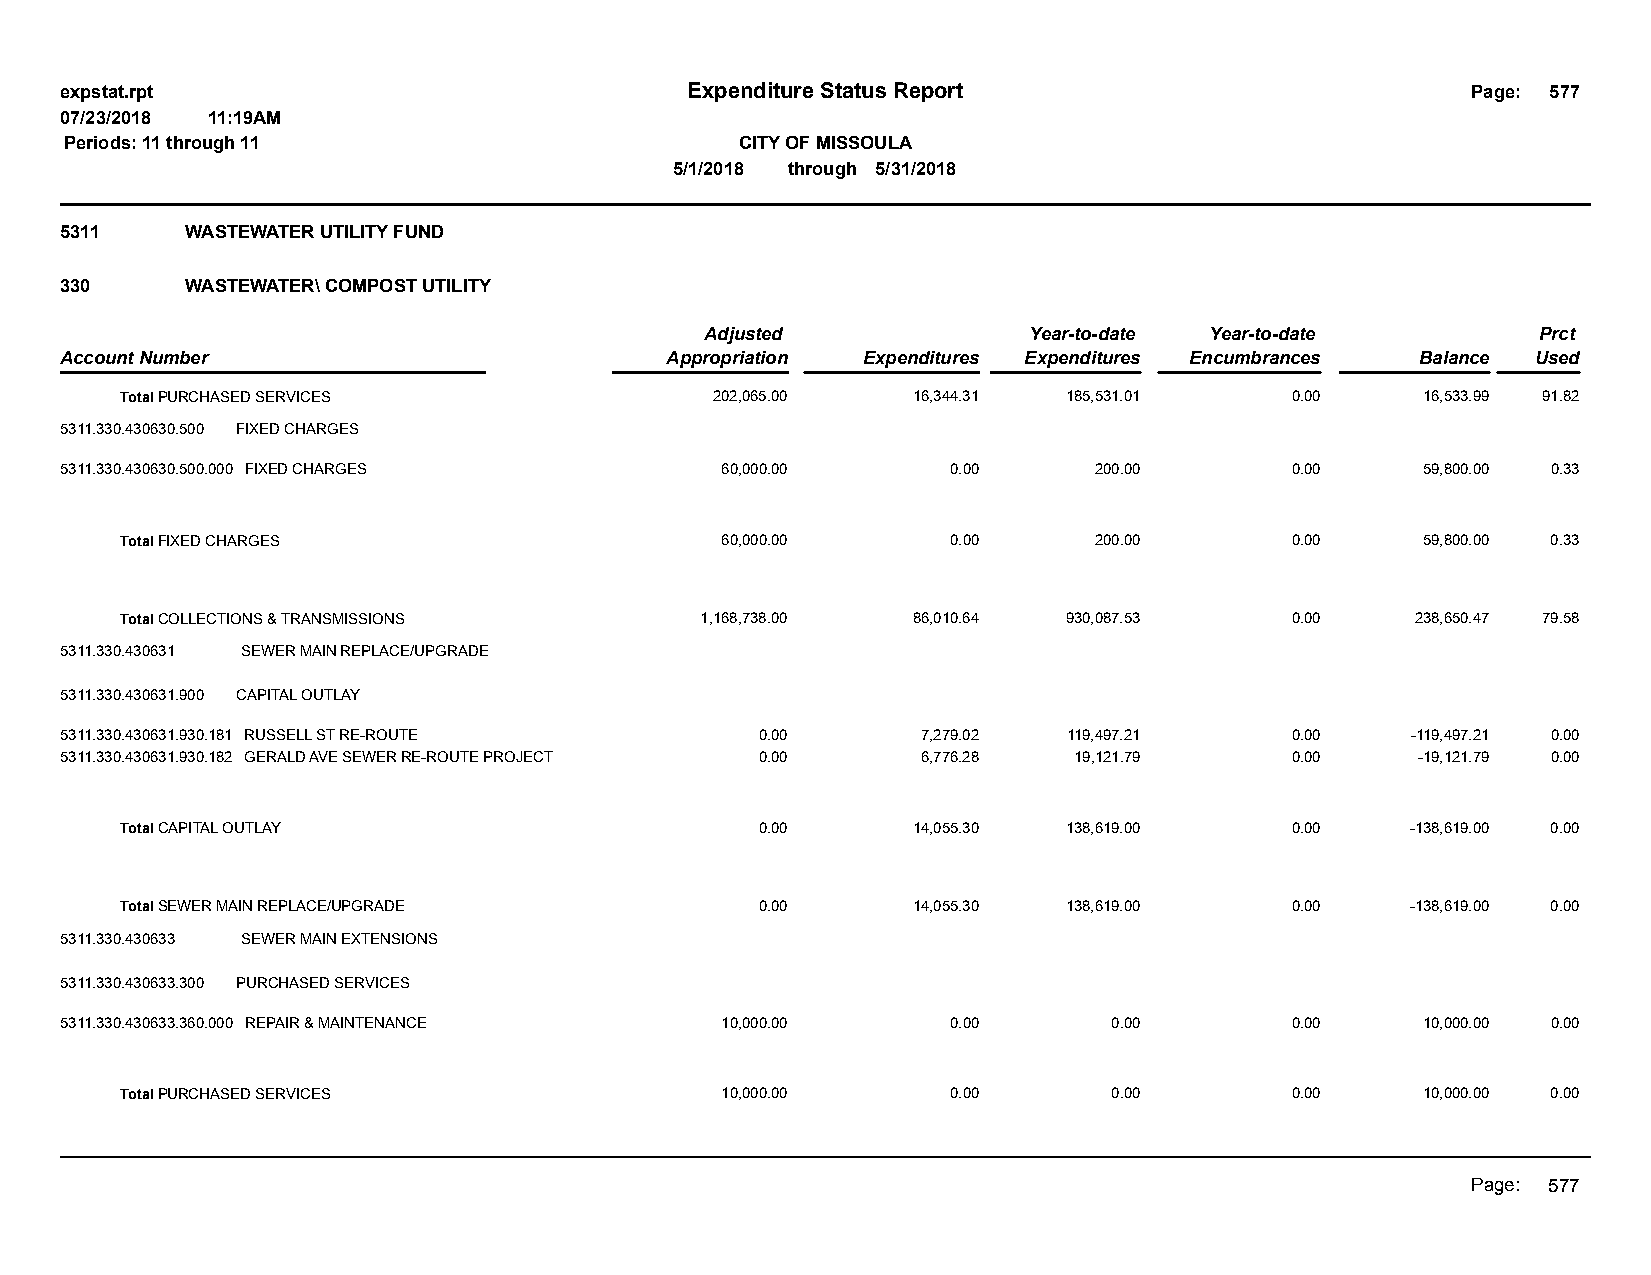
expstat.rpt                              Expenditure Status Report                           Page: 577
 07/23/2018 11:19AM
 Periods: 11 through 11                       CITY OF MISSOULA
 5/1/2018 through 5/31/2018
 5311    WASTEWATER UTILITY FUND
 330     WASTEWATER\ COMPOST UTILITY
 Adjusted             Year-to-date Year-to-date         Prct
 Account Number                          Appropriation Expenditures Expenditures Encumbrances Balance Used
 Total PURCHASED SERVICES               202,065.00   16,344.31  185,531.01    0.00     16,533.99 91.82
 5311.330.430630.500 FIXED CHARGES
 5311.330.430630.500.000 FIXED CHARGES       60,000.00      0.00     200.00       0.00     59,800.00 0.33
 Total FIXED CHARGES                     60,000.00      0.00     200.00       0.00     59,800.00 0.33
 Total COLLECTIONS & TRANSMISSIONS     1,168,738.00  86,010.64  930,087.53    0.00     238,650.47 79.58
 5311.330.430631 SEWER MAIN REPLACE/UPGRADE
 5311.330.430631.900 CAPITAL OUTLAY
 5311.330.430631.930.181 RUSSELL ST RE-ROUTE   0.00       7,279.02  119,497.21    0.00    -119,497.21 0.00
 5311.330.430631.930.182 GERALD AVE SEWER RE-ROUTE PROJECT 0.00 6,776.28 19,121.79 0.00    -19,121.79 0.00
 Total CAPITAL OUTLAY                      0.00      14,055.30  138,619.00    0.00    -138,619.00 0.00
 Total SEWER MAIN REPLACE/UPGRADE          0.00      14,055.30  138,619.00    0.00    -138,619.00 0.00
 5311.330.430633 SEWER MAIN EXTENSIONS
 5311.330.430633.300 PURCHASED SERVICES
 5311.330.430633.360.000 REPAIR & MAINTENANCE 10,000.00     0.00       0.00       0.00     10,000.00 0.00
 Total PURCHASED SERVICES                10,000.00      0.00       0.00       0.00     10,000.00 0.00
 Page: 577